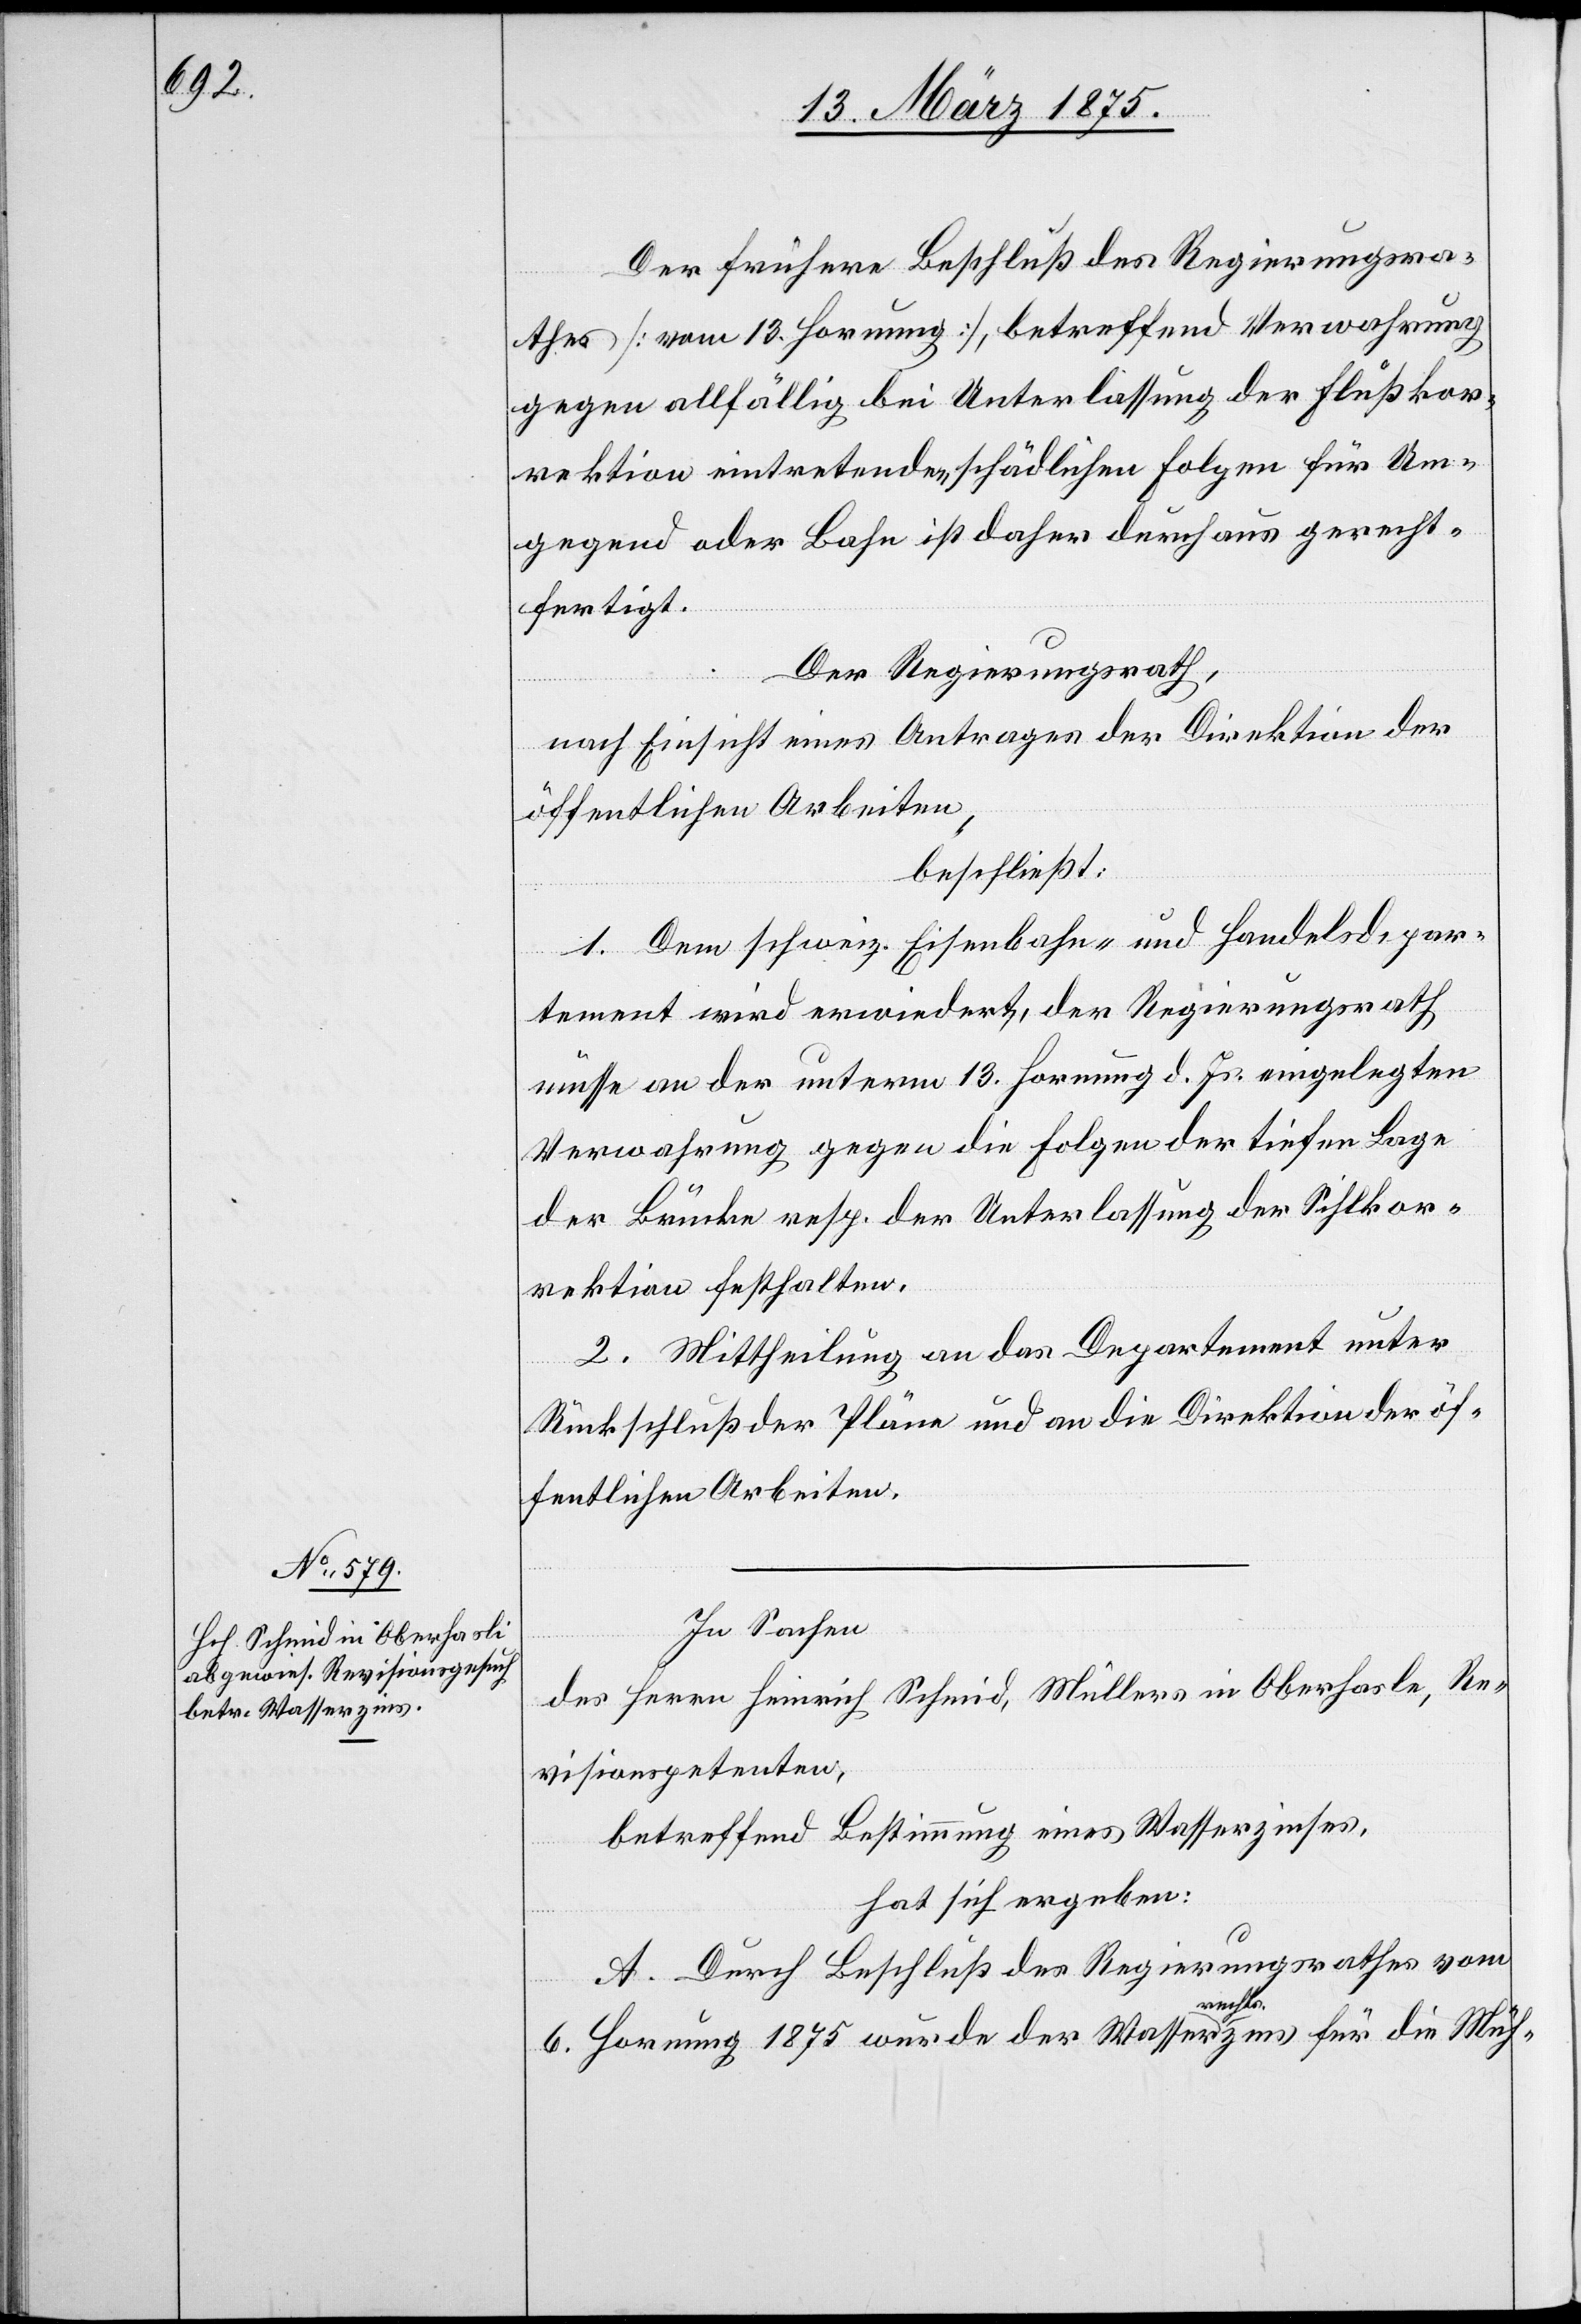
Re¬

Der frühere Beschluß des Regierungsra¬
thes [vom 13. Hornung], betreffend Verwahrung
gegen allfällig bei Unterlassung der Flußkor¬
rektion eintretenden schädlichen Folgen für Um¬
gegend oder Bahn ist daher durchaus gerecht¬
fertigt.
Der Regierungsrath,
nach Einsicht eines Antrages der Direktion für
öffentliche Arbeiten,
beschließt:
1. Dem schweiz. Eisenbahn- & Handelsdepar¬
tement wird erwiedert, der Regierungsrath,
müsse an der unterm 13. Hornung d. Js. eingelegten
Verwahrung gegen die Folgen der tiefen Lage
der Brücke resp. der Unterlassung der Sihlkor¬
rektion festhalten.
2. Mittheilung an das Departement unter
Rückschluß der Pläne und an die Direktion der öf¬
fentlichen Arbeiten.
In Sachen
des Herrn Heinrich Schmid, Müllers in Oberhasle [si¬
visionspetenten.
betreffend Bestimmung eines Wasserzinses,
hat sich ergeben:
c!],
A. Durch Beschluß des Regierungsrathes vom
6. Hornung 1875 wurde der Wassera-rechts-azins für die Müh-